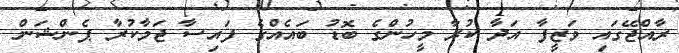
ރާއްޖޭގައި ވަޒީފާ އަދާ ކުރާ މީހުންގެ ބޮޑު ބައެއްގެ ފައިސާ ޖަމާކުރާ ޕެންޝަން